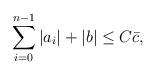
LaTeX: \begin{align*}\sum_{i=0}^{n-1}|a_i|+|b|\leq C\bar c,\end{align*}